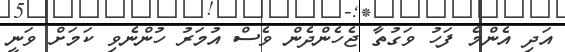
އަދި އެންމެ ފަހު ވަގުތާ ޖެހެންދެން ވެސް އުމަރު ހުންނެވި ކަމަށް ވަނީ